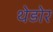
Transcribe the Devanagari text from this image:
थेडोर